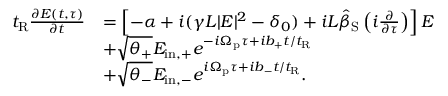
\begin{array} { r l } { t _ { \mathrm { R } } \frac { \partial E ( t , \tau ) } { \partial t } } & { = \left[ - \alpha + i ( \gamma L | E | ^ { 2 } - \delta _ { 0 } ) + i L \hat { \beta } _ { \mathrm { S } } \left( i \frac { \partial } { \partial \tau } \right) \right] E } \\ & { + \sqrt { \theta _ { + } } E _ { \mathrm { i n , + } } e ^ { - i \Omega _ { \mathrm { p } } \tau + i b _ { + } t / t _ { \mathrm { R } } } } \\ & { + \sqrt { \theta _ { - } } E _ { \mathrm { i n , - } } e ^ { i \Omega _ { \mathrm { p } } \tau + i b _ { - } t / t _ { \mathrm { R } } } . } \end{array}